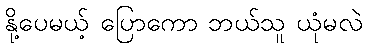
နို့ပေမယ့် ပြောကော ဘယ်သူ ယုံမလဲ